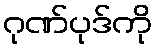
ဂုဏ်ပုဒ်ကို